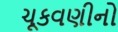
ચૂકવણીનો